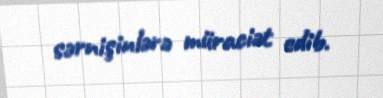
sərnişinlərə müraciət edib.